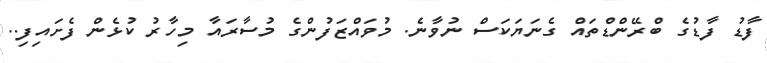
ފާޑު ފާޑުގެ ބްރޭންޑްތައް ގެނަޔަކަސް ނުވާނެ. މުވައްޒަފުންގެ މުސާރައާ މިހާރު ކުޅެން ފެށައިފި..